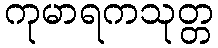
ကုမာရကသုတ္တ